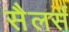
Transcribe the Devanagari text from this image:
सैलर्स